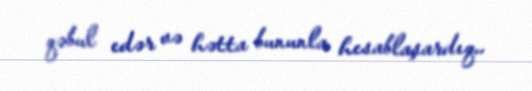
qəbul edər və hətta bununla hesablaşardıq..